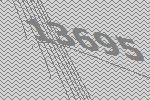
13695